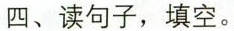
四、读句子，填空。